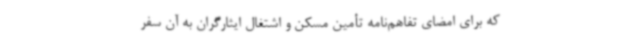
که برای امضای تفاهم‌نامه تأمین مسکن و اشتغال ایثارگران به آن سفر